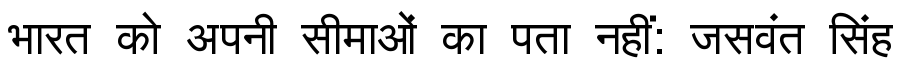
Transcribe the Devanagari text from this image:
भारत को अपनी सीमाओं का पता नहीं: जसवंत सिंह